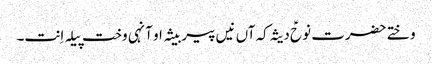
وختے حضرت نوحؑ دیثہ کہ آں نیں پیر بیثہ او آنہی وخت پیلہ اِنت۔